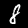
Digit: 8